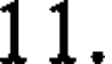
1 1.